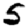
Digit: 5